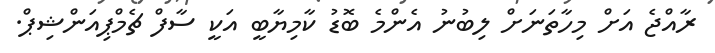
ރާއްޖެ އަށް މިހާތަނަށް ލިބުނު އެންމެ ބޮޑު ކާމިޔާބީ އަކީ ސާފް ޗެމްޕިއަންޝިޕް.